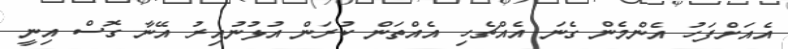
އެއަށްފަހު އެންމެން ގެނަ އެއްޗެހި އެއްތަން ކުރަން އުޅުނުއިރު އޭނާ ގޮސް އިނީ